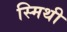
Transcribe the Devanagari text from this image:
स्मिथी